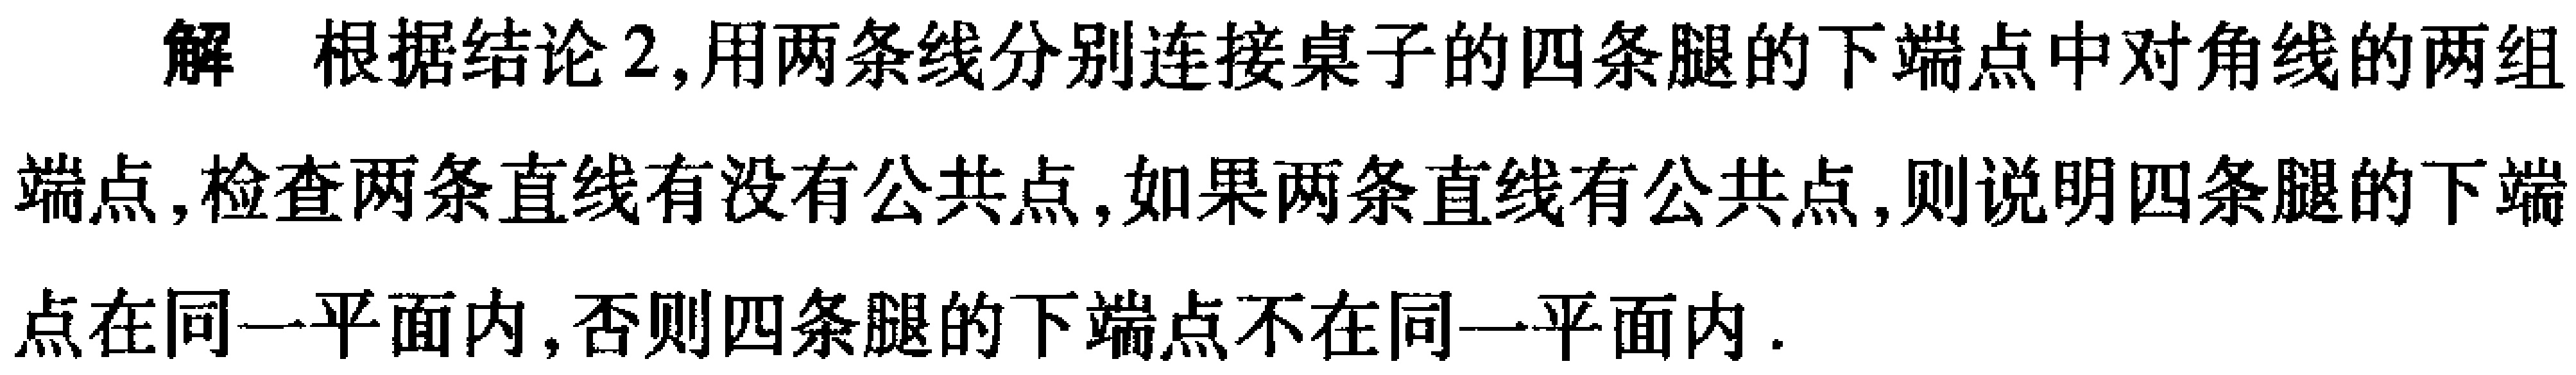
解 根据结论2,用两条线分别连接桌子的四条腿的下端点中对角线的两组
端点,检查两条直线有没有公共点,如果两条直线有公共点,则说明四条腿的下端
点在同一平面内,否则四条腿的下端点不在同一平面内.